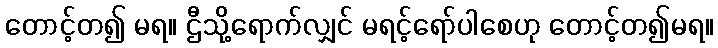
တောင့်တ၍ မရ။ ဌီသို့ရောက်လျှင် မရင့်ရော်ပါစေဟု တောင့်တ၍မရ။